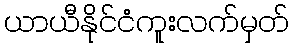
ယာယီနိုင်ငံကူးလက်မှတ်